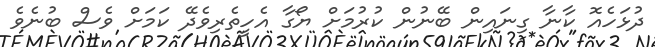
ދުޅަހެއޮ ކާނާ ގިނައިން ބޭނުން ކުރުމަށް ޔޯގާ އެހީތެރިވެދޭ ކަމަށް ވެސް ބުނެވެ